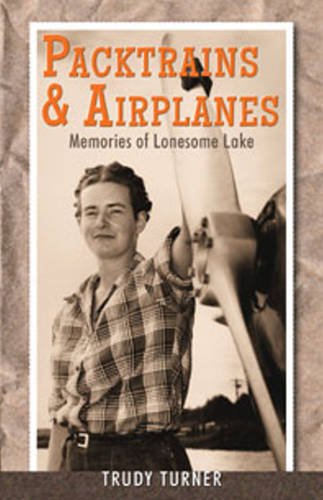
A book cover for Packtrains & Airplanes: Memories of Lonesome Lake; Trudy Turner; Biographies & Memoirs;